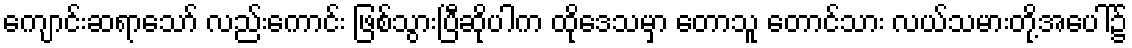
ကျောင်းဆရာသော် လည်းကောင်း ဖြစ်သွားပြီဆိုပါက ထိုဒေသမှာ တောသူ တောင်သား လယ်သမားတို့အပေါ်၌